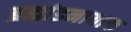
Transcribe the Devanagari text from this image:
ब्रह्मांडनायाक